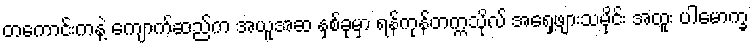
တကောင်းကနဲ့ ကျောက်ဆည်က အယူအဆ နှစ်ခုမှာ ရန်ကုန်တက္ကသိုလ် အရှေ့ဖျားသမိုင်း အထူး ပါမောက္ခ